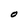
Character: O